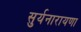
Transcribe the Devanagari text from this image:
सुर्यनारायणा